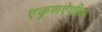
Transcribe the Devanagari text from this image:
एकुणऐशींवा